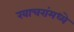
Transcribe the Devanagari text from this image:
खाचरांमध्ये